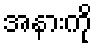
အနားကို